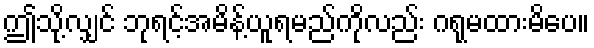
ဤသို့လျှင် ဘုရင့်အမိန့်ယူရမည်ကိုလည်း ဂရုမထားမိပေ။